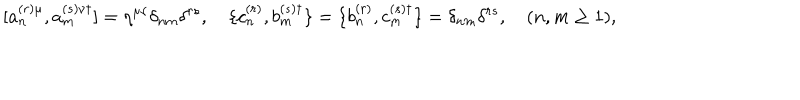
[ a _ { n } ^ { ( r ) \mu } , a _ { m } ^ { ( s ) \nu \dagger } ] = \eta ^ { \mu \nu } \delta _ { n m } \delta ^ { r s } , \quad \{ c _ { n } ^ { ( r ) } , b _ { m } ^ { ( s ) \dagger } \} = \{ b _ { n } ^ { ( r ) } , c _ { m } ^ { ( s ) \dagger } \} = \delta _ { n m } \delta ^ { r s } , \quad ( n , m \ge 1 ) ,